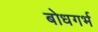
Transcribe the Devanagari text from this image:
बोधगर्भ